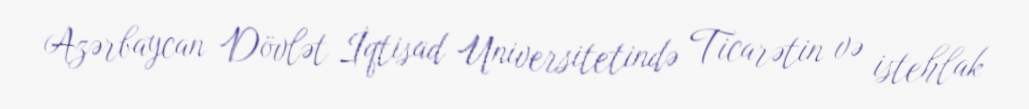
Azərbaycan Dövlət İqtisad Universitetində Ticarətin və istehlak